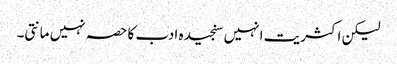
لیکن اکثریت انہیں سنجیدہ ادب کا حصہ نہیں مانتی۔